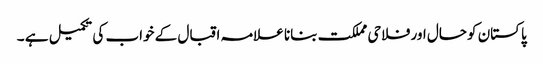
پاکستان کوحال اور فلاحی مملکت بنانا علامہ اقبال کے خواب کی تکمیل ہے ۔